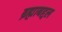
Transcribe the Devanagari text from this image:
ब्रह्माबद्दल